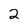
Character: 2